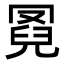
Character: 𦋌